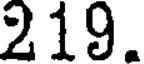
219.